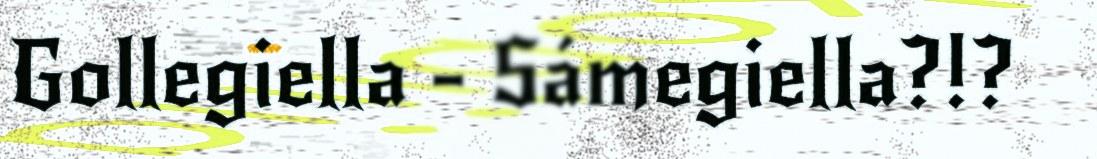
Gollegiella - Sámegiella?!?